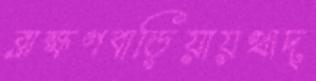
ব্রাহ্মণবাড়িয়ায়খাদ্